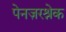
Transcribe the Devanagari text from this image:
पेनज़रश्रेक